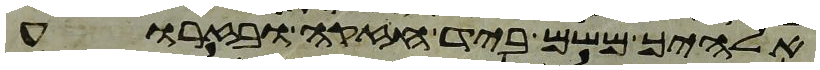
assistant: אלהיך משם ביד חזקה ובזרוע